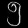
Digit: ၅